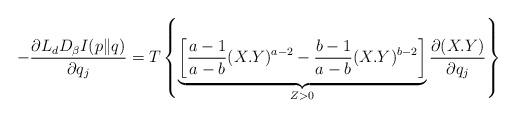
LaTeX: \begin{align*}-\frac{\partial L_{d}D_{\beta}I(p\|q)}{\partial q_{j}}=T\left\{\underbrace{\left[\frac{a-1}{a-b}(X.Y)^{a-2}-\frac{b-1}{a-b}(X.Y)^{b-2}\right]}_{Z>0}\frac{\partial (X.Y)}{\partial q_{j}}\right\}\end{align*}